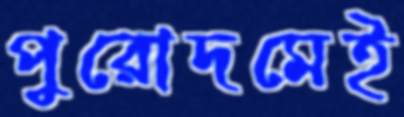
পুরোদমেই